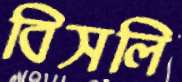
বিসলি